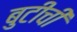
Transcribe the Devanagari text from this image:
बुटीची